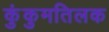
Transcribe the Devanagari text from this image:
कुंकुमतिलक